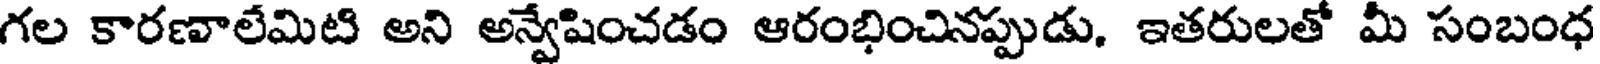
గల కారణాలేమిటి అని అన్వేషించడం ఆరంభించినప్పుడు, ఇతరులతో మీ సంబంధ